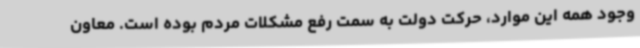
وجود همه این موارد، حرکت دولت به سمت رفع مشکلات مردم بوده است. معاون